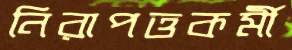
নিরাপত্তকর্মী